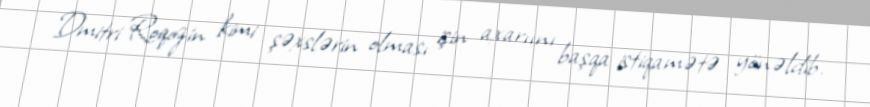
Dmitri Roqozin kimi şəxslərin olması işin axarıını başqa istiqamətə yönəldib.